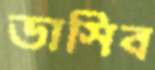
ভাসিব